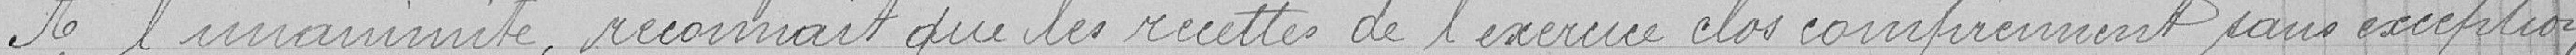
à l'unanimité, reconnaît que les recettes de l'exercice clos comprennent sans exception